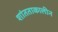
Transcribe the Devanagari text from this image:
शांतताकालीन